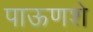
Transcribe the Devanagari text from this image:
पाऊणशे